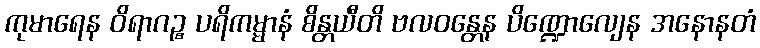
ကုမာရေန ဝိရာဂဉ္စ ပရိကမ္မာနံ စိန္တယီတိ ဗလဝန္တေန ပိဏ္ဍောလျေန အနောနတံ